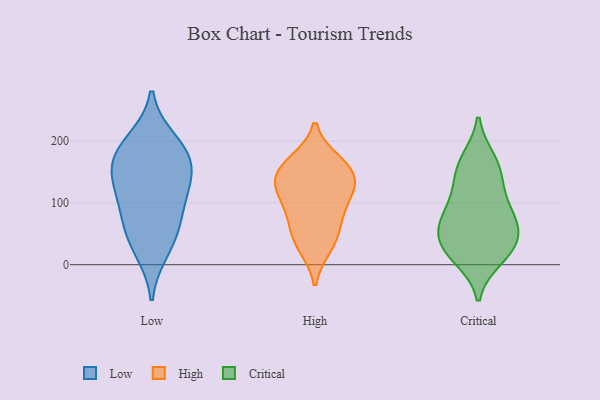
{"axis": {"x": "Backlog", "y": "Value"}, "legend": ["Critical", "High", "Low"], "data": [{"x": "", "y": 104, "type": "Low"}, {"x": "", "y": 23, "type": "Low"}, {"x": "", "y": 185, "type": "Low"}, {"x": "", "y": 117, "type": "Low"}, {"x": "", "y": 200, "type": "Low"}, {"x": "", "y": 155, "type": "Low"}, {"x": "", "y": 51, "type": "Low"}, {"x": "", "y": 68, "type": "Low"}, {"x": "", "y": 173, "type": "Low"}, {"x": "", "y": 145, "type": "Low"}, {"x": "", "y": 166, "type": "High"}, {"x": "", "y": 112, "type": "High"}, {"x": "", "y": 30, "type": "High"}, {"x": "", "y": 65, "type": "High"}, {"x": "", "y": 127, "type": "High"}, {"x": "", "y": 149, "type": "High"}, {"x": "", "y": 161, "type": "High"}, {"x": "", "y": 39, "type": "High"}, {"x": "", "y": 114, "type": "High"}, {"x": "", "y": 82, "type": "High"}, {"x": "", "y": 144, "type": "High"}, {"x": "", "y": 50, "type": "Critical"}, {"x": "", "y": 72, "type": "Critical"}, {"x": "", "y": 20, "type": "Critical"}, {"x": "", "y": 31, "type": "Critical"}, {"x": "", "y": 70, "type": "Critical"}, {"x": "", "y": 143, "type": "Critical"}, {"x": "", "y": 120, "type": "Critical"}, {"x": "", "y": 169, "type": "Critical"}, {"x": "", "y": 28, "type": "Critical"}, {"x": "", "y": 163, "type": "Critical"}, {"x": "", "y": 95, "type": "Critical"}, {"x": "", "y": 68, "type": "Critical"}, {"x": "", "y": 11, "type": "Critical"}]}